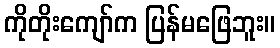
ကိုတိုးကျော်က ပြန်မဖြေဘူး။